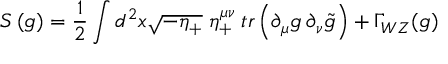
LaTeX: S \, ( g ) = { \frac { 1 } { 2 } } \int d ^ { 2 } x \sqrt { - \eta _ { + } } \; \eta _ { + } ^ { \mu \nu } \: t r \left( \partial _ { \mu } g \: \partial _ { \nu } \tilde { g } \right) + \Gamma _ { W Z } ( g )